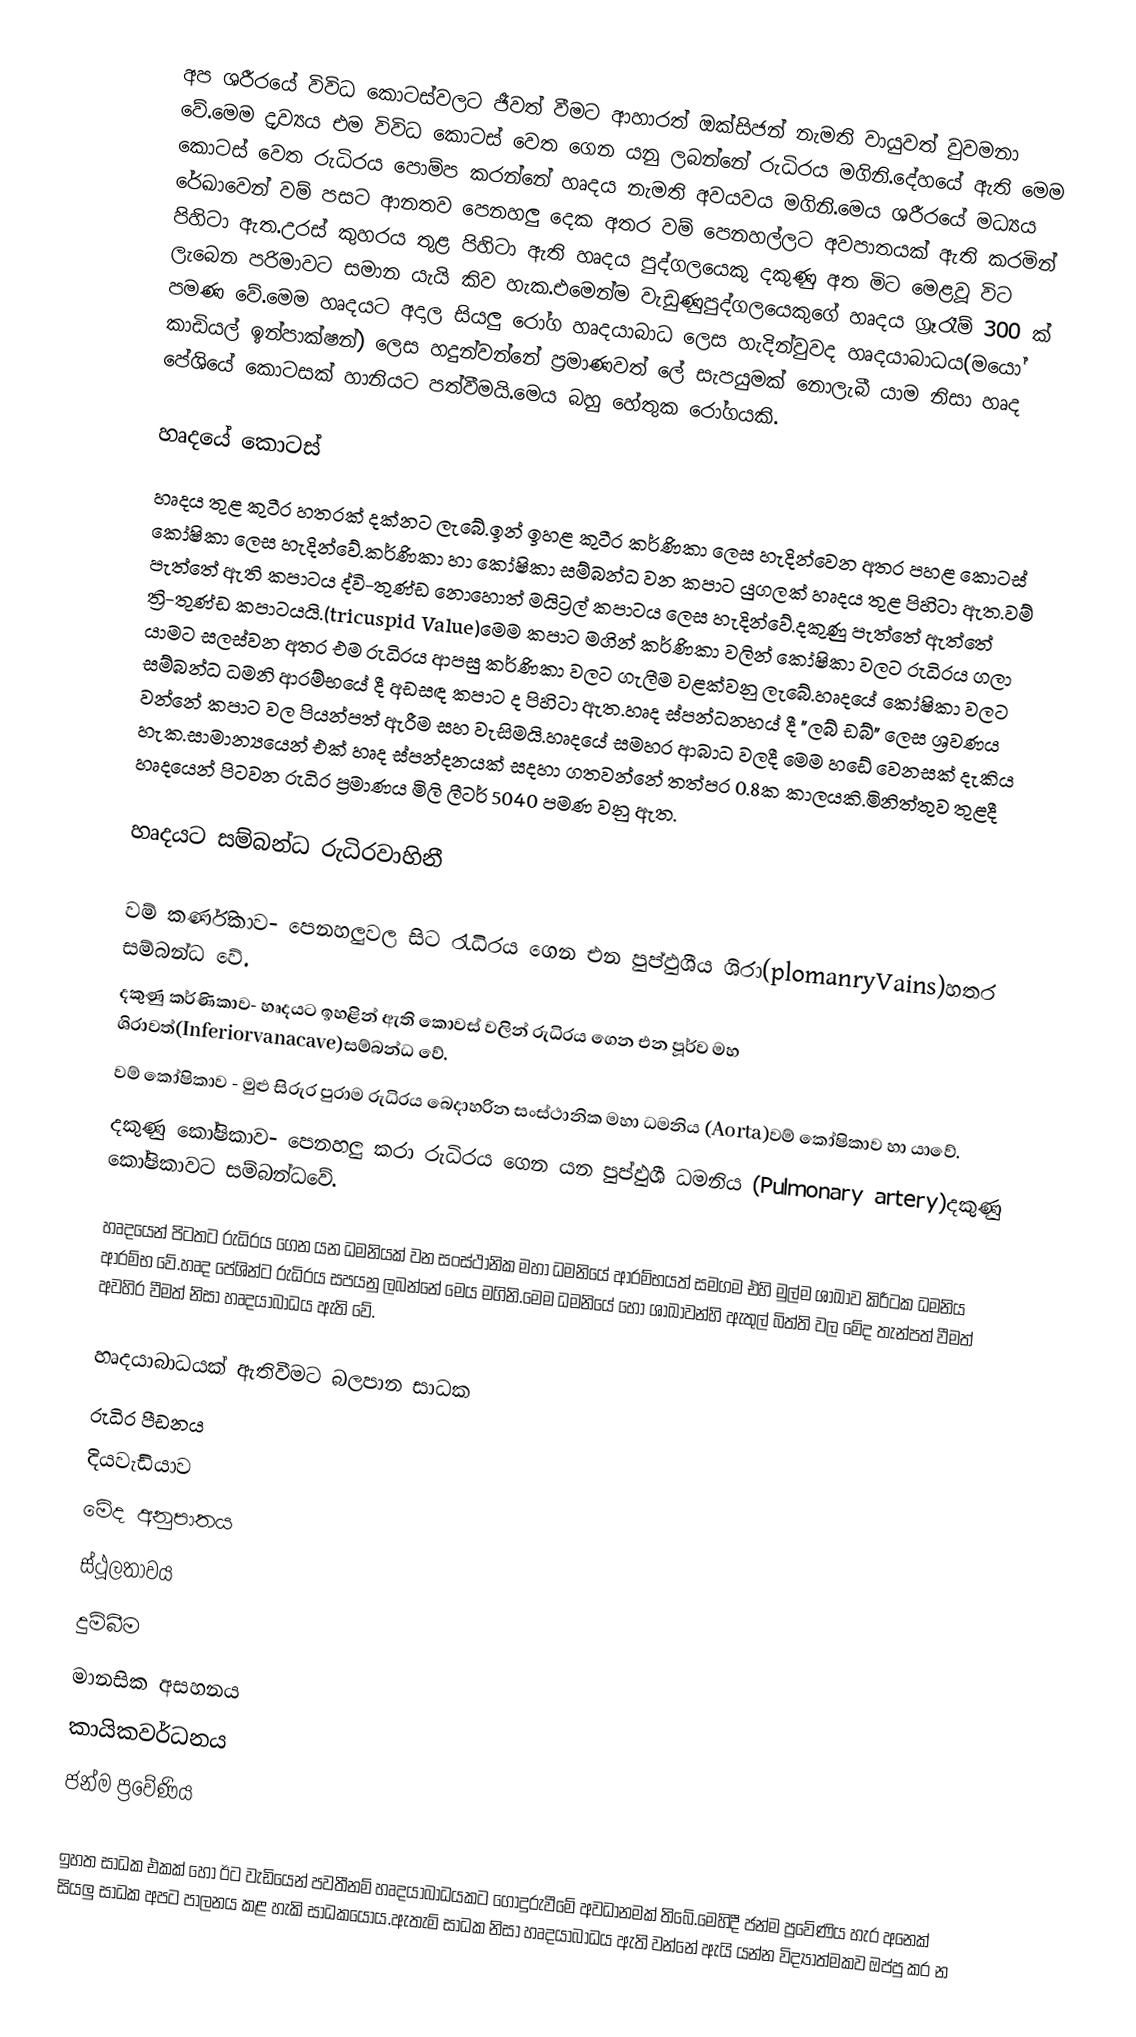
අප ශරීරයේ විවිධ කොටස්වලට ජීවත් වීමට ආහාරත් ඔක්සිජන් නැමති වායුවත් වුවමනා ‍වේ.මෙම ද‍්‍රව්‍යය එම විවිධ කොටස් වෙත ගෙන යනු ලබන්නේ රුධිරය මගිනි.දේහයේ ඇති මෙම කොටස් වෙත රුධිරය පොම්ප කරන්නේ හෘදය නැමති අවයවය මගිනි.මෙය ශරීරයේ මධ්‍යය රේඛාවෙන් වම් පස‍ට ආනතව පෙනහලු දෙක අතර වම් පෙනහල්ලට අවපාතයක් ඇති කරමින් පිහිටා ඇත.උරස් කුහරය තුළ පිහිටා ඇති හෘදය පුද්ගලයෙකු දකුණු අත මිට මෙළවූ විට ලැබෙන පරිමාවට සමාන යැයි කිව හැක.එමෙන්ම වැඩුණුපුද්ගලයෙකුගේ හෘදය ග්‍රෑරෑම් 300 ක් පමණ වේ.මෙම හෘදයට අදාල සියලු රෝග හෘදයාබාධ ලෙස හැදින්වුවද හෘදයාබාධය(මයෝ කාඩියල් ඉන්පාක්ෂන්) ලෙස හදුන්වන්නේ ප්‍රමාණවත් ලේ සැපයුමක් නොලැබී යාම නිසා හෘද පේශියේ කොටසක් හානියට පත්වීමයි.මෙය බහු හේතුක රෝගයකි.

හෘදයේ කොටස්
හෘදය තුළ කුටීර හතරක් දක්නට ලැබේ.ඉන් ඉහළ කුටීර කර්ණිකා ලෙස හැදින්වෙන අතර පහළ කොටස් කෝෂිකා ලෙස හැදින්වේ.කර්ණිකා හා කෝෂිකා සම්බන්ධ වන කපාට යුගලක් හෘදය තුළ පිහිටා ඇත.වම් පැත්තේ ඇති කපාටය ද්වි-තුණ්ඩ නොහොත් මයිට්‍රල් කපාටය ලෙස හැදින්වේ.දකුණු පැත්තේ ඇත්තේ ත්‍රි-තුණ්ඩ කපාටයයි.(tricuspid Value)මෙම කපාට මගින් කර්ණිකා වලින් කෝෂිකා වලට රුධිරය ගලා යාමට සලස්වන අතර එම රුධිරය ආපසු කර්ණිකා වලට ගැලීම වළක්වනු ලැබේ.හෘදයේ කෝෂිකා වලට සම්බන්ධ ධමනි ආරම්භයේ දී අඩසඳ කපාට ද පිහිටා ඇත.හෘද ස්පන්ධනහය් දී "ලබ් ඩබ්" ලෙස ශ්‍රවණය වන්නේ කපාට වල පියන්පත් ඇරීම සහ වැසිමයි.හෘදයේ සමහර ආබාධ වලදී මෙම හඩේ වෙනසක් දැකිය හැක.සාමාන්‍යයෙන් එක් හෘද ස්පන්දනයක් සදහා ගතවන්නේ තත්පර 0.8ක කාලයකි.මිනිත්තුව තුළදී හෘදයෙන් පිටවන රුධිර ප්‍රමාණය මිලි ලීටර් 5040 පමණ වනු ඇත.

හෘදයට සම්බන්ධ රුධිරවාහිනී

 වම් කර්ණිකාව-	පෙනහලුවල සිට රැධිරය ගෙන එන පුප්ඵුශීය ශිරා(plomanryVains)හතර සම්බන්ධ වේ.
 දකුණු කර්ණිකාව-	හෘදයට ඉහළින් ඇති කොවස් වලින් රුධිරය ගෙන එන පූර්ව මහ ශිරාවත්(Inferiorvanacave)සම්බන්ධ වේ.
 වම් කෝෂිකාව -	මුළු සිරුර පුරාම රුධිරය බෙදාහරින සංස්ථානික මහා ධමනිය (Aorta)වම් කෝෂිකාව හා යාවේ.
 දකුණු කෝෂිකාව-	පෙනහලු කරා රුධිරය ගෙන යන පුප්ඵුශී ධමනිය (Pulmonary artery)දකුණු කෝෂිකාවට සම්බන්ධවේ.

හෘදයෙන් පිටතට රුධිරය ගෙන යන ධමනියක් වන සංස්ථානික මහා ධමනියේ ආරම්භයත් සමගම එහි මුල්ම ශාඛාව කිරීටක ධමනිය ආරම්භ වේ.හෘද පේශින්ට රුධිරය සපයනු ලබන්නේ මෙය මගිනි.මෙම ධමනියේ හෝ ශාඛාවන්හි ඇතුල් බිත්ති වල මේද තැන්පත් වීමත් අවහිර වීමත් නිසා හෘදයාබාධය ඇති වේ.

හෘදයාබාධයක් ඇතිවීමට බලපාන සාධක
 රුධිර පීඩනය
 දියවැඩියාව
 මේද අනුපාතය
 ස්ථූලතාවය
 දුම්බීම
 මානසික අසහනය
 කායිකවර්ධනය
 ජන්ම ප්‍රවේණිය

ඉහත සාධක එකක් හෝ ඊට වැඩියෙන් පවතීනම් හෘදයාබාධයකට ගොදුරුවීමේ අවධානමක් තිබේ.මෙහිදී ජන්ම ප්‍රවේණිය හැර අනෙක් සියලු සාධක අපට පාලනය කළ හැකි සාධකයෝය.ඇතැම් සාධක නිසා හෘදයාබාධය ඇති වන්නේ ඇයි යන්න විද්‍යාත්මකව ඔප්පු කර න